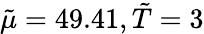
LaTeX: \tilde{\mu}=49.41,\tilde{T}=3